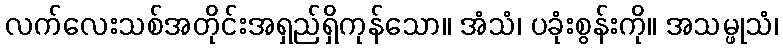
လက်လေးသစ်အတိုင်းအရှည်ရှိကုန်သော။ အံသံ၊ ပခုံးစွန်းကို။ အသမ္ဖုသံ၊